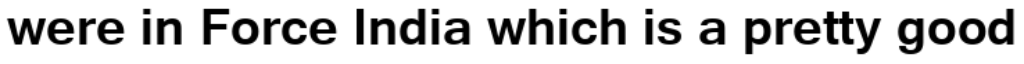
were in Force India which is a pretty good